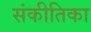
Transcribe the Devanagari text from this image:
संकीतिका